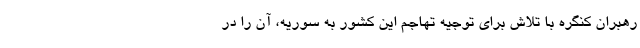
رهبران کنگره با تلاش برای توجیه تهاجم این کشور به سوریه، آن را در